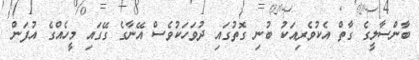
ބާންސާލީގެ ގާތް އެކުވެރިއަކު ބުނި ގޮތުގައި ދުވަހަކުވެސް އޭނާގެ ގޭގައި މީހެއްގެ އުފަން